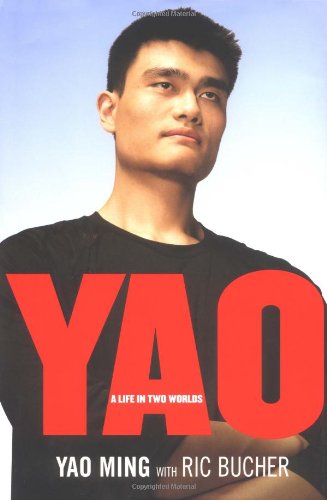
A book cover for YAO: A Life in Two Worlds; Yao Ming; Sports & Outdoors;